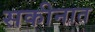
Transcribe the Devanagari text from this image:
सकीनात